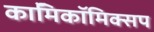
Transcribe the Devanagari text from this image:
काॅमिकॉमिक्सप